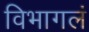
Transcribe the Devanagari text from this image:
विभागलं